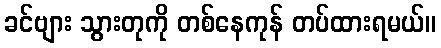
ခင်ဗျား သွားတုကို တစ်နေကုန် တပ်ထားရမယ်။